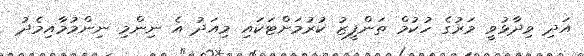
އަދި ވިދާޅުވީ މަރުގެ ހުކުމް ތަންފީޒު ކުރުމަށްޓަކައި މިއަދު އެ ނިންމި ނިންމުމާއިމެދު